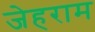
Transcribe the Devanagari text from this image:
जेहराम